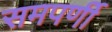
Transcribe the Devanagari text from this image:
समपर्णी